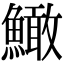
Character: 䲎